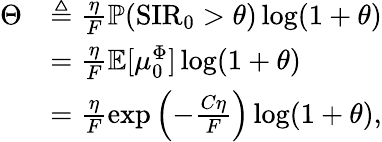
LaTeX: \begin{array}{rl}{\Theta}&{\triangleq\frac{\eta}{F}\mathbb{P}(\mathrm{SIR}_{0}>\theta)\log(1+\theta)}\\ &{=\frac{\eta}{F}\mathbb{E}[\mu_{0}^{\Phi}]\log(1+\theta)}\\ &{=\frac{\eta}{F}\exp{\left(-\frac{C\eta}{F}\right)}\log(1+\theta),}\end{array}